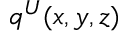
q ^ { U } ( x , y , z )